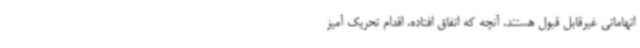
اتهاماتی غیرقابل قبول هستند. آنچه که اتفاق افتاده، اقدام تحریک آمیز